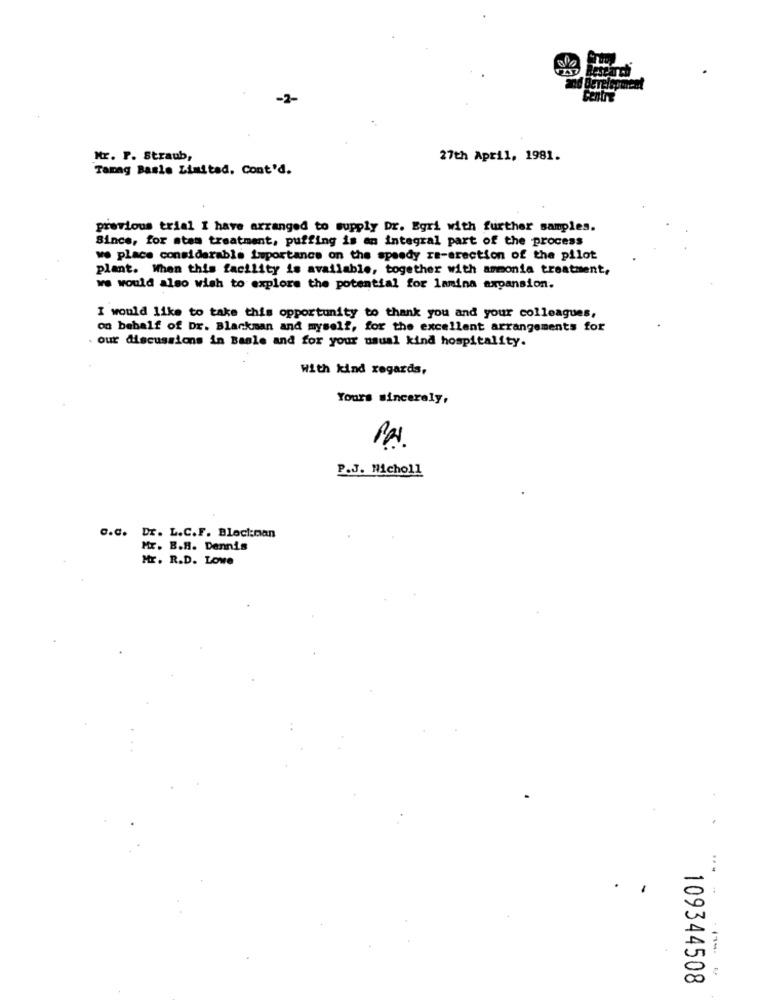
-2-
Mr. P. Straub,
27th April, 1981.
Tamag Basle Limited. Cont'd.
previous trial I have arranged to supply Dr. Egri with further samples.
Since, for ates treatment, puffing is an integral part of the process
we place considerable importance on the speedy ra-erection of the pilot
plant. When this facility is available, together with ammonia treatment,
we would also wish to explore the potential for lamina expansion.
I would like to take this opportunity to thank you and your colleagues,
on behalf of Dr. Blankman and myself, for the excellent arrangements for
. our discussions in Basle and for your usual kind hospitality.
With kind regards,
Yours sincerely,
P.J. Nicholl
C.C. Dr. L.C.F. Block:man
Mr. B.H. Dennis
Mr. R.D. LOWe
109344508